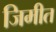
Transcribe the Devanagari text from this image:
जिमीत